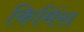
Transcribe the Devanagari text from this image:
किमिंस